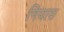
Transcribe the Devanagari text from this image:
नियास